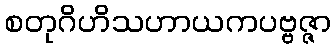
စတုဂိဟိသဟာယကပဗ္ဗဇ္ဇာ